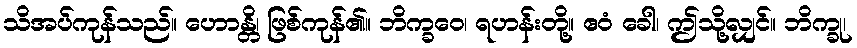
သိအပ်ကုန်သည်။ ဟောန္တိ၊ ဖြစ်ကုန်၏။ ဘိက္ခဝေ၊ ရဟန်းတို့။ ဧဝံ ခေါ၊ ဤသို့လျှင်။ ဘိက္ခု၊